Source: Handwritten
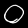
Digit: ၀ (0)